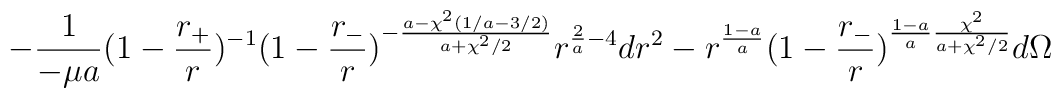
- \frac{1}{- \mu a}  ( 1- \frac{r_+}{r} )^{-1} ( 1- \frac{r_-}{r} ) ^{- \frac{a- \chi^2 ( 1/a - 3/2 )}                                         {a + \chi^2 /2 }}r^{ \frac{2}{a} - 4} dr^2- r^{\frac{1-a}{a}} (1- \frac{r_-}{r} )^{\frac{1-a}{a} \frac{\chi^2}{a + \chi^2 /2} } d \Omega